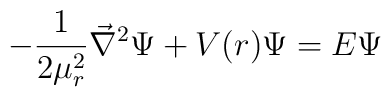
-{1\over {2\mu_r^2}} {\vec \nabla}^2 \Psi + V(r) \Psi= E \Psi \